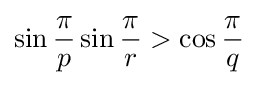
\sin {\frac {\pi }{p}}\sin {\frac {\pi }{r}}>\cos {\frac {\pi }{q}}